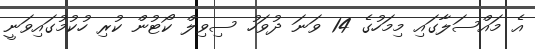
އެ މައްސަލާގައި މިމަހުގެ 14 ވަނަ ދުވަހު ސިވިލް ކޯޓުން ކުރި ހުކުމުގައިވަނީ